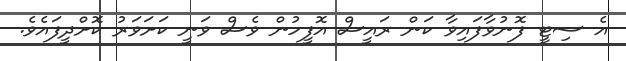
އެ ސިޓީ ފޮނުވާފައިވާ ކަން ރައީސް އޮފީހުން ވެސް ވަނީ ކަށަވަރު ކޮށްދީފައެވެ.